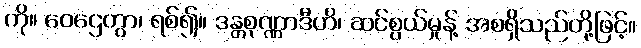
ကို။ ဝေဌေတွာ၊ ရစ်၍။ ဒန္တစုဏ္ဏာဒီဟိ၊ ဆင်စွယ်မှုန့် အစရှိသည်တို့ဖြင့်။